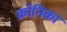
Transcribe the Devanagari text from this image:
क्रॉनिका